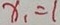
x _ { 1 } = 1